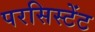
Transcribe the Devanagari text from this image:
परसिस्टेंट